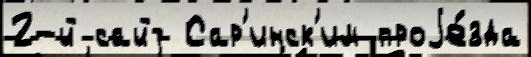
2-й сайт Сар'инск'им проjе́зда